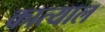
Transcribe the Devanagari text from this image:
कात्याल